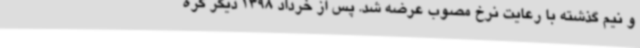
و نیم گذشته با رعایت نرخ مصوب عرضه شد. پس از خرداد 1398 دیگر کره